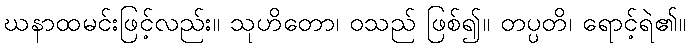
ဃနာထမင်းဖြင့်လည်း။ သုဟိတော၊ ဝသည် ဖြစ်၍။ တပ္ပတိ၊ ရောင့်ရဲ၏။